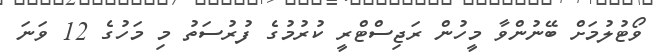
ވޯޓުލުމަށް ބޭނުންވާ މީހުން ރަޖިސްޓްރީ ކުރުމުގެ ފުރުސަތު މި މަހުގެ 12 ވަނަ